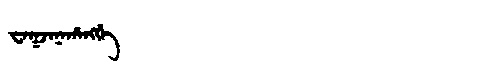
Manchu: ᠸᠠᡴᠵᠠᠨᠠᡥᠠᠩᡤᡝ
Romanization: WAKJANAHANGGE